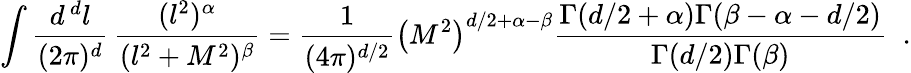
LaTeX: \int{\frac{d^{\, d}l}{(2\pi)^{d}}}\, {\frac{(l^{2})^{\alpha}}{(l^{2}+M^{2})^{\beta}}}={\frac{1}{(4\pi)^{d/2}}}\left(M^{2}\right)^{d/2+\alpha-\beta}{\frac{\Gamma(d/2+\alpha)\Gamma(\beta-\alpha-d/2)}{\Gamma(d/2)\Gamma(\beta)}}\; \; .